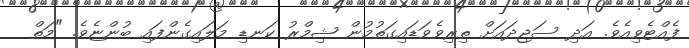
ފެއްޓެވިއެވެ. އަދި ސަޖިދައަށް ތިރިވެވަޑައިގަތުމުން ޝިމްރު ކަނޑި މަލައިގެންފައި ބުންޏެވެ. "މަތް